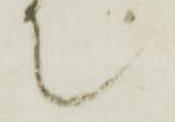
て